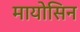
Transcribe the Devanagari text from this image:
मायोसिन